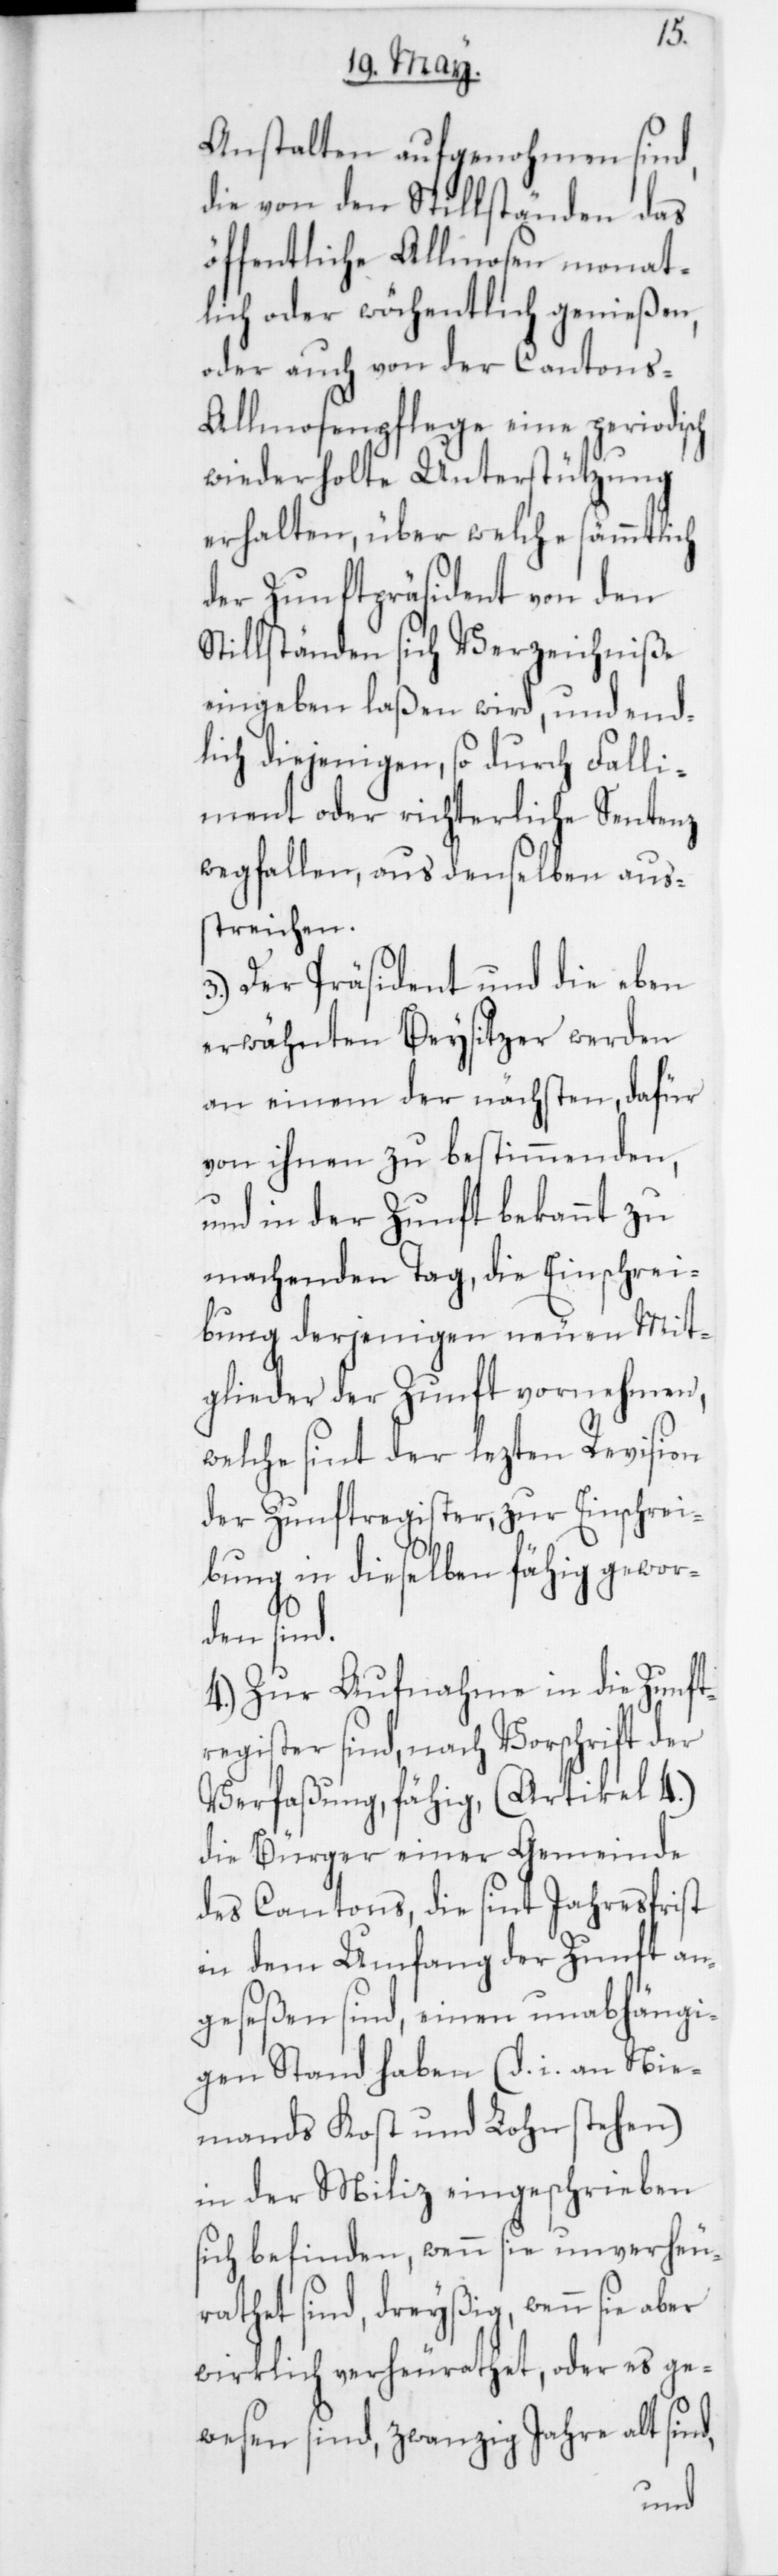
Anstalten aufgenohmen sind,
die von den Stillständen das
öffentliche Allmosen monat¬
lich oder wöchentlich genießen,
oder auch von der Canton¬
s-Allmosenpflege eine periodisch
wiederholte Unterstützung
erhalten, über welche sämmtlich
der Zunftpräsident von den
Stillständen sich Verzeichniße
eingeben laßen wird, und end¬
lich diejenigen, so durch Falli¬
ment oder richterliche Sentenz
wegfallen, aus denselben aus¬
streichen.
3. Der Präsident und die eben
erwähnten Beysitzer werden
an einem der nächsten, dafür
von ihnen zu bestimmenden,
und in der Zukunft bekannt zu
machenden Tag, die Einschrei¬
bung derjenigen neuen Mit¬
glieder der Zunft vornehmen,
welche sint der lezten Revision
der Zunftregister, zur Einschrei¬
bung in dieselben fähig gewor¬
d,
den sind.
4. Zur Aufnahme in die Zunft¬
register sind, nach Vorschrift der
Verfaßung fähig, (Artikel 4)
die Bürger einer Gemeinde
des Cantons, die sint Jahresfrist
in dem Umfang der Zunft an¬
geseßen sind, einen unabhängi¬
gen Stand haben (d. i. an Nie¬
mands Kost und Lohn stehen)
in der Miliz eingeschrieben
sich befinden, wenn sie unverheu¬
rathet sind, dreyßig, wenn sie aber
wirklich verheurathet oder es ge¬
wesen sind, zwanzig Jahre alt sin¬